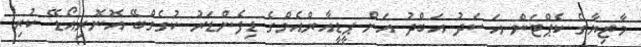
މާޒިޔާގެ ކެޕްޓަން އަސަދު އަބްދު އަށް ޕީޑީއާރްއެމްގެ ޑިފެންޑަރު ކުގެގްބޭ އޮނޮރިއޯޑޭ ކުރި